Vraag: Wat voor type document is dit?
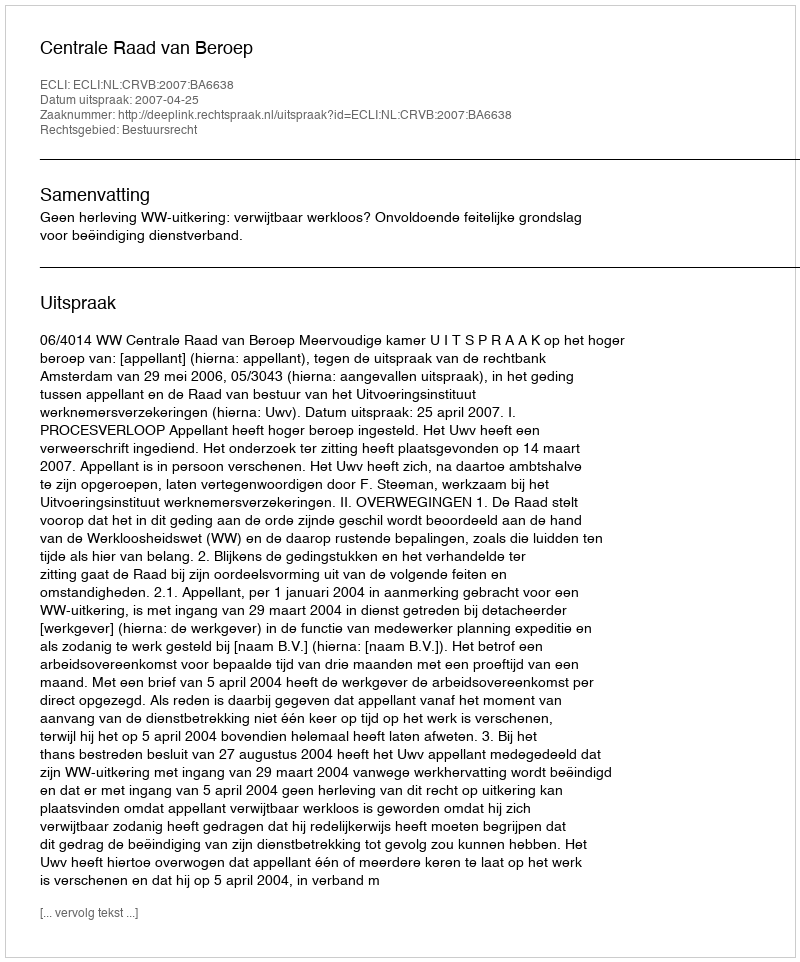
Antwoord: Uitspraak